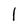
Character: l